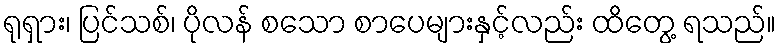
ရုရှား၊ ပြင်သစ်၊ ပိုလန် စသော စာပေများနှင့်လည်း ထိတွေ့ ရသည်။